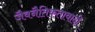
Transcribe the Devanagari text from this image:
जैवनैतिकतावादी